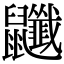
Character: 𪖎